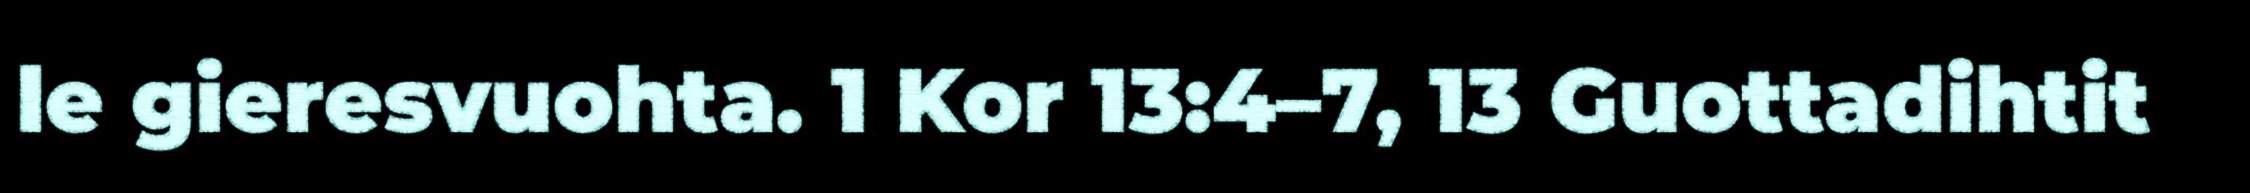
le gieresvuohta. 1 Kor 13:4–7, 13 Guottadihtit